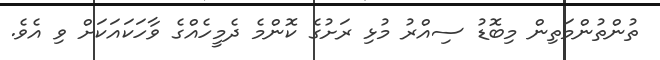
ތުންތުންމަތިން މިބޮޑު ސިއްރު މުޅި ރަށުގެ ކޮންމެ ދެމީހެއްގެ ވާހަކައަކަށް ވި އެވެ.